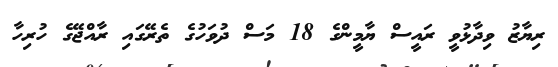
ރިޔާޒު ވިދާޅުވީ ރައީސް ޔާމީންގެ 18 މަސް ދުވަހުގެ ތެރޭގައި ރާއްޖޭގެ ހުރިހާ